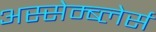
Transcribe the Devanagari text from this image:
अस्सेम्ब्लेर्स